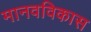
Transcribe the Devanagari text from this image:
मानवविकास